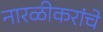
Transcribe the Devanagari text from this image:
नारळीकरांचे